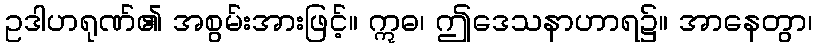
ဥဒါဟရုဏ်၏ အစွမ်းအားဖြင့်။ ဣဓ၊ ဤဒေသနာဟာရ၌။ အာနေတွာ၊